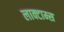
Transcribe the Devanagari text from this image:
लाक्टाम्स